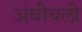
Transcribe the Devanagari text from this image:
अंबीवली